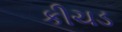
કીચડ